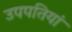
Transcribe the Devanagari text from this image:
उपपतियां